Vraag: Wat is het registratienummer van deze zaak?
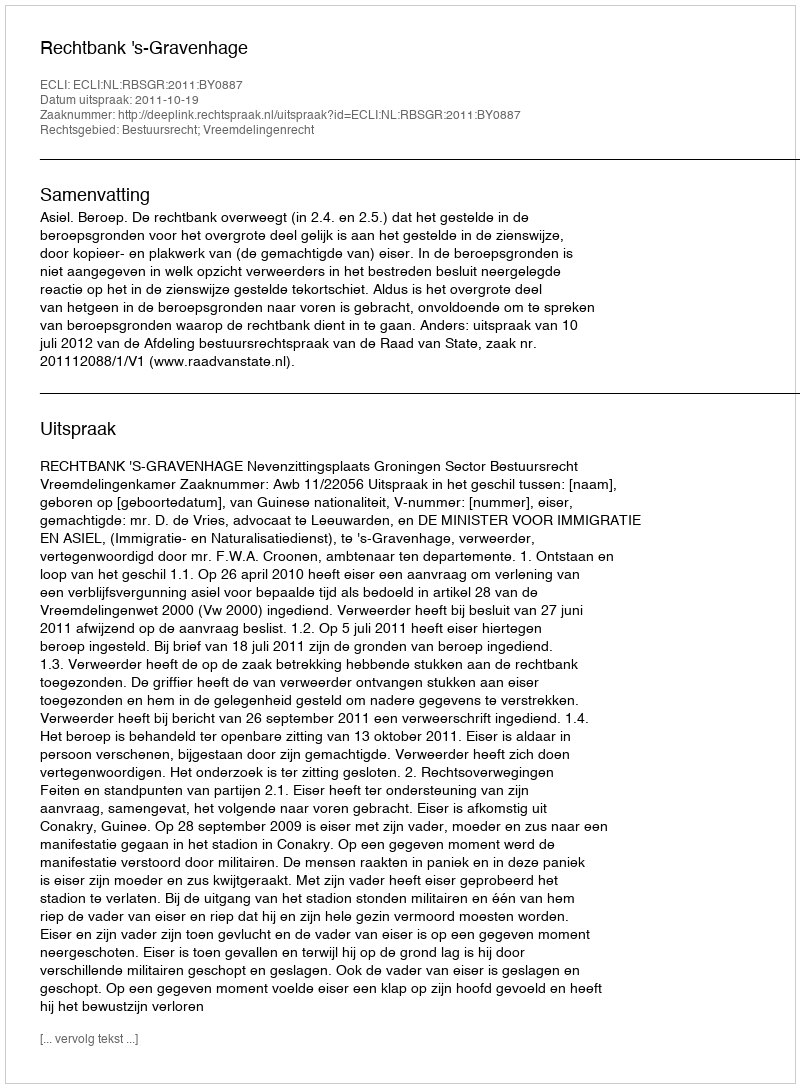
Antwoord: http://deeplink.rechtspraak.nl/uitspraak?id=ECLI:NL:RBSGR:2011:BY0887